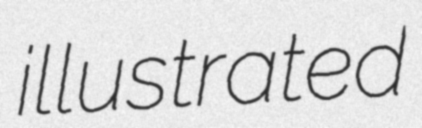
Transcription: illustrated